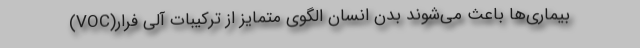
بیماری‌ها باعث می‌شوند بدن انسان الگوی متمایز از ترکیبات آلی فرار(VOC)